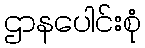
ဌာနပေါင်းစုံ